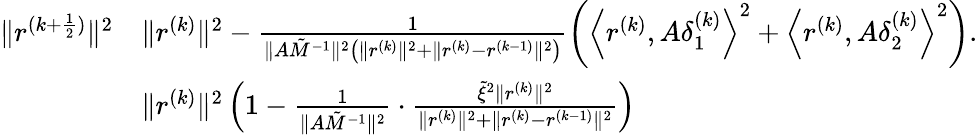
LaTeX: \begin{array}{rl}{\| r^{(k+\frac{1}{2})}\| ^{2}}&{\le\| r^{(k)}\| ^{2}-\frac{1}{\| A\tilde{M}^{-1}\| ^{2}\left(\| r^{(k)}\| ^{2}+\| r^{(k)}-r^{(k-1)}\| ^{2}\right)}\left({\left\langle{{r^{(k)}},A\delta_{1}^{(k)}}\right\rangle^{2}+\left\langle{{r^{(k)}},A\delta_{2}^{(k)}}\right\rangle^{2}}\right).}\\ &{\le\| r^{(k)}\| ^{2}\left(1-\frac{1}{\| A\tilde{M}^{-1}\| ^{2}}\cdot\frac{\tilde{\xi}^{2}\| r^{(k)}\| ^{2}}{\| r^{(k)}\| ^{2}+\| r^{(k)}-r^{(k-1)}\| ^{2}}\right)}\end{array}